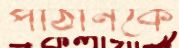
পাঠানকে